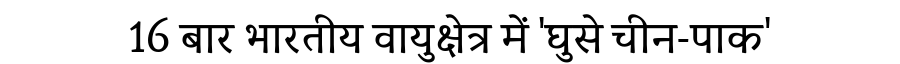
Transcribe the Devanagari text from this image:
16 बार भारतीय वायुक्षेत्र में 'घुसे चीन-पाक'